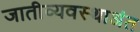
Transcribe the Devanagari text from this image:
जातीव्यवस्थाअंत